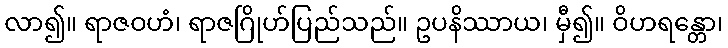
လာ၍။ ရာဇဝဟံ၊ ရာဇဂြိုဟ်ပြည်သည်။ ဥပနိဿာယ၊ မှီ၍။ ဝိဟရန္တော၊